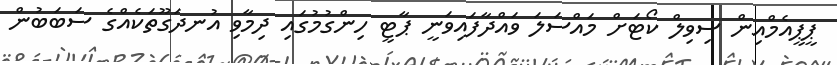
ޕީޕީއެމްއިން ސިވިލް ކޯޓަށް މައްސަލަ ވައްދާފައިވަނީ ޕާޓީ ހިންގުމުގައި ދިމާވި އުނދަގޫތަކެއްގެ ސަބަބުން